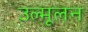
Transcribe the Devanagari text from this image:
उल्मूलन